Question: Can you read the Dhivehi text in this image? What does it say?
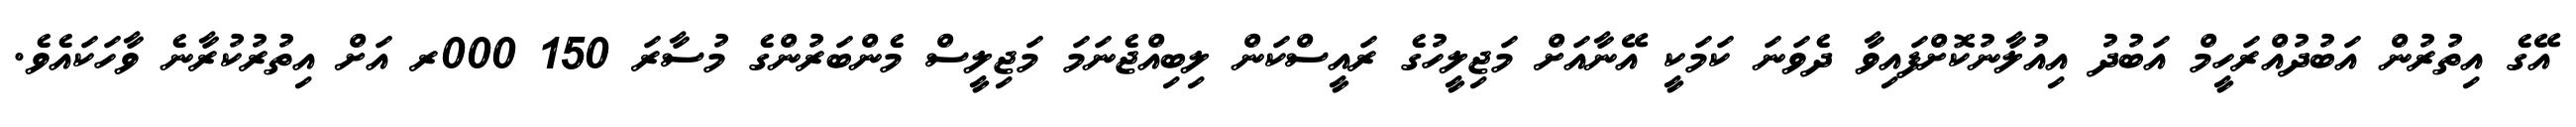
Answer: އޭގެ އިތުރުން އަބުދުއްރަހީމް އަބުދު އިއުލާނުކޮށްފައިވާ ދެވަނަ ކަމަކީ އޭނާއަށް މަޖިލީހުގެ ރައީސްކަން ލިބިއްޖެނަމަ މަޖިލީސް މެންބަރުންގެ މުސާރަ 150 000ރ އަށް އިތުރުކުރާނެ ވާހަކައެވެ.